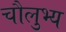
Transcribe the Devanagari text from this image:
चौलुभ्य